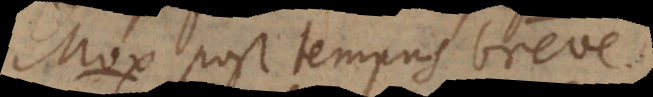
Mox post tempus breve.